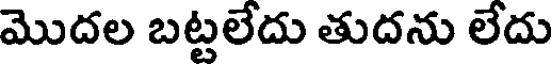
మొదల బట్టలేదు తుదను లేదు